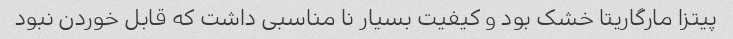
پیتزا مارگاریتا خشک بود و کیفیت بسیار نا مناسبی داشت که قابل خوردن نبود